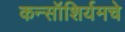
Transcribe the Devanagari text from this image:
कन्सॉशिर्यमचे